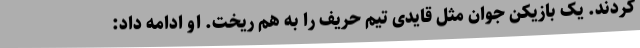
کردند. یک بازیکن جوان مثل قایدی تیم حریف را به هم ریخت. او ادامه داد:‌